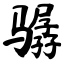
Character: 骣